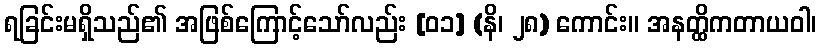
ရခြင်းမရှိသည်၏ အဖြစ်ကြောင့်သော်လည်း [ဝ၁] (နိ၊ ၂၈) ကောင်း။ အနတ္ထိကတာယဝါ၊